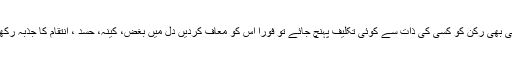
اگر ”تحریک دعوتِ فقر”کے کسی بھی رکن کو کسی کی ذات سے کوئی تکلیف پہنچ جائے تو فوراً اس کو معاف کردیں دِل میں بغض، کینہ، حسد ، انتقام کا جذبہ رکھنا فقر کی راہ کو بند کر دیتا ہے۔